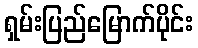
ရှမ်းပြည်မြောက်ပိုင်း